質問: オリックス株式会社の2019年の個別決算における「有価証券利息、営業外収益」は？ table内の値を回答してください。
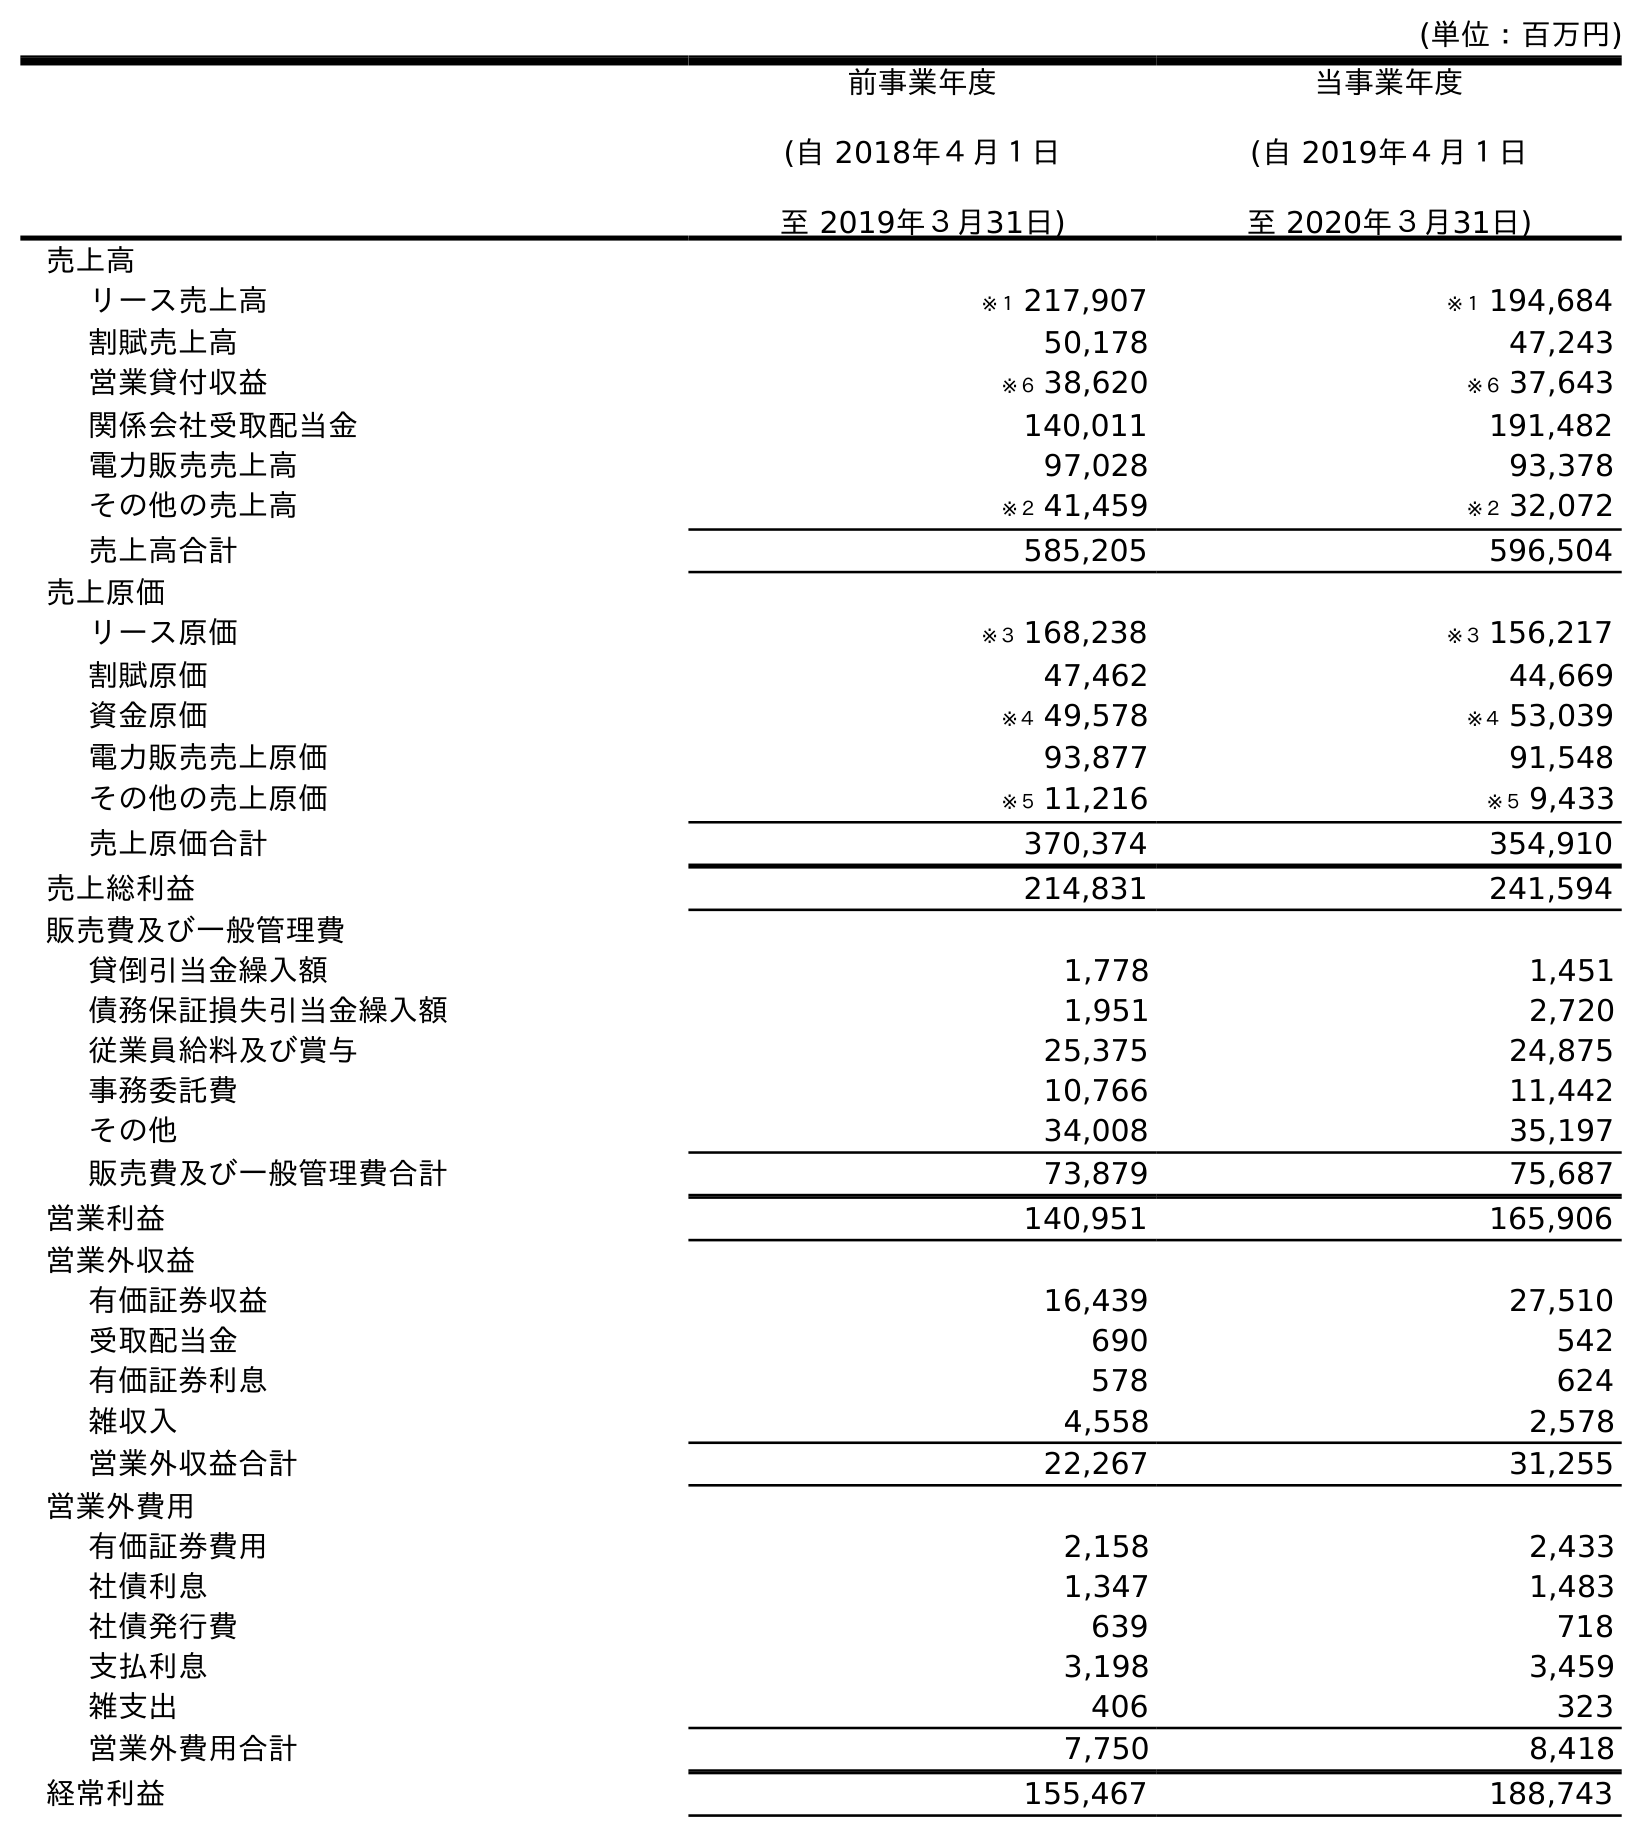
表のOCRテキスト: (単位：百万円) 前事業年度 (自 2018年４月１日 至 2019年３月31日) 当事業年度 (自 2019年４月１日 至 2020年３月31日) 売上高 リース売上高 ※１ 217,907 ※１ 194,684 割賦売上高 50,178 47,243 営業貸付収益 ※６ 38,620 ※６ 37,643 関係会社受取配当金 140,011 191,482 電力販売売上高 97,028 93,378 その他の売上高 ※２ 41,459 ※２ 32,072 売上高合計 585,205 596,504 売上原価 リース原価 ※３ 168,238 ※３ 156,217 割賦原価 47,462 44,669 資金原価 ※４ 49,578 ※４ 53,039 電力販売売上原価 93,877 91,548 その他の売上原価 ※５ 11,216 ※５ 9,433 売上原価合計 370,374 354,910 売上総利益 214,831 241,594 販売費及び一般管理費 貸倒引当金繰入額 1,778 1,451 債務保証損失引当金繰入額 1,951 2,720 従業員給料及び賞与 25,375 24,875 事務委託費 10,766 11,442 その他 34,008 35,197 販売費及び一般管理費合計 73,879 75,687 営業利益 140,951 165,906 営業外収益 有価証券収益 16,439 27,510 受取配当金 690 542 有価証券利息 578 624 雑収入 4,558 2,578 営業外収益合計 22,267 31,255 営業外費用 有価証券費用 2,158 2,433 社債利息 1,347 1,483 社債発行費 639 718 支払利息 3,198 3,459 雑支出 406 323 営業外費用合計 7,750 8,418 経常利益 155,467 188,743
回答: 578